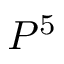
P ^ { 5 }